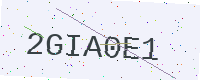
Text: 2GIA0E1